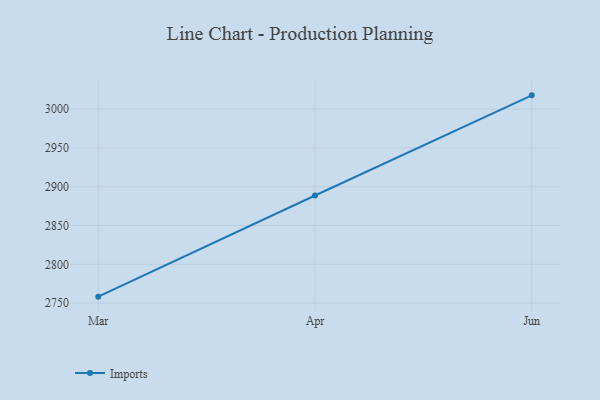
{"axis": {"x": "Month", "y": "Tickets Resolved"}, "legend": ["Imports"], "data": [{"x": "Mar", "y": 2758.3, "type": "Imports"}, {"x": "Apr", "y": 2888.7, "type": "Imports"}, {"x": "Jun", "y": 3017.8, "type": "Imports"}]}